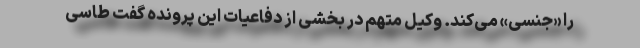
را «جنسی» می‌کند. وکیل متهم در بخشی از دفاعیات این پرونده گفت طاسی